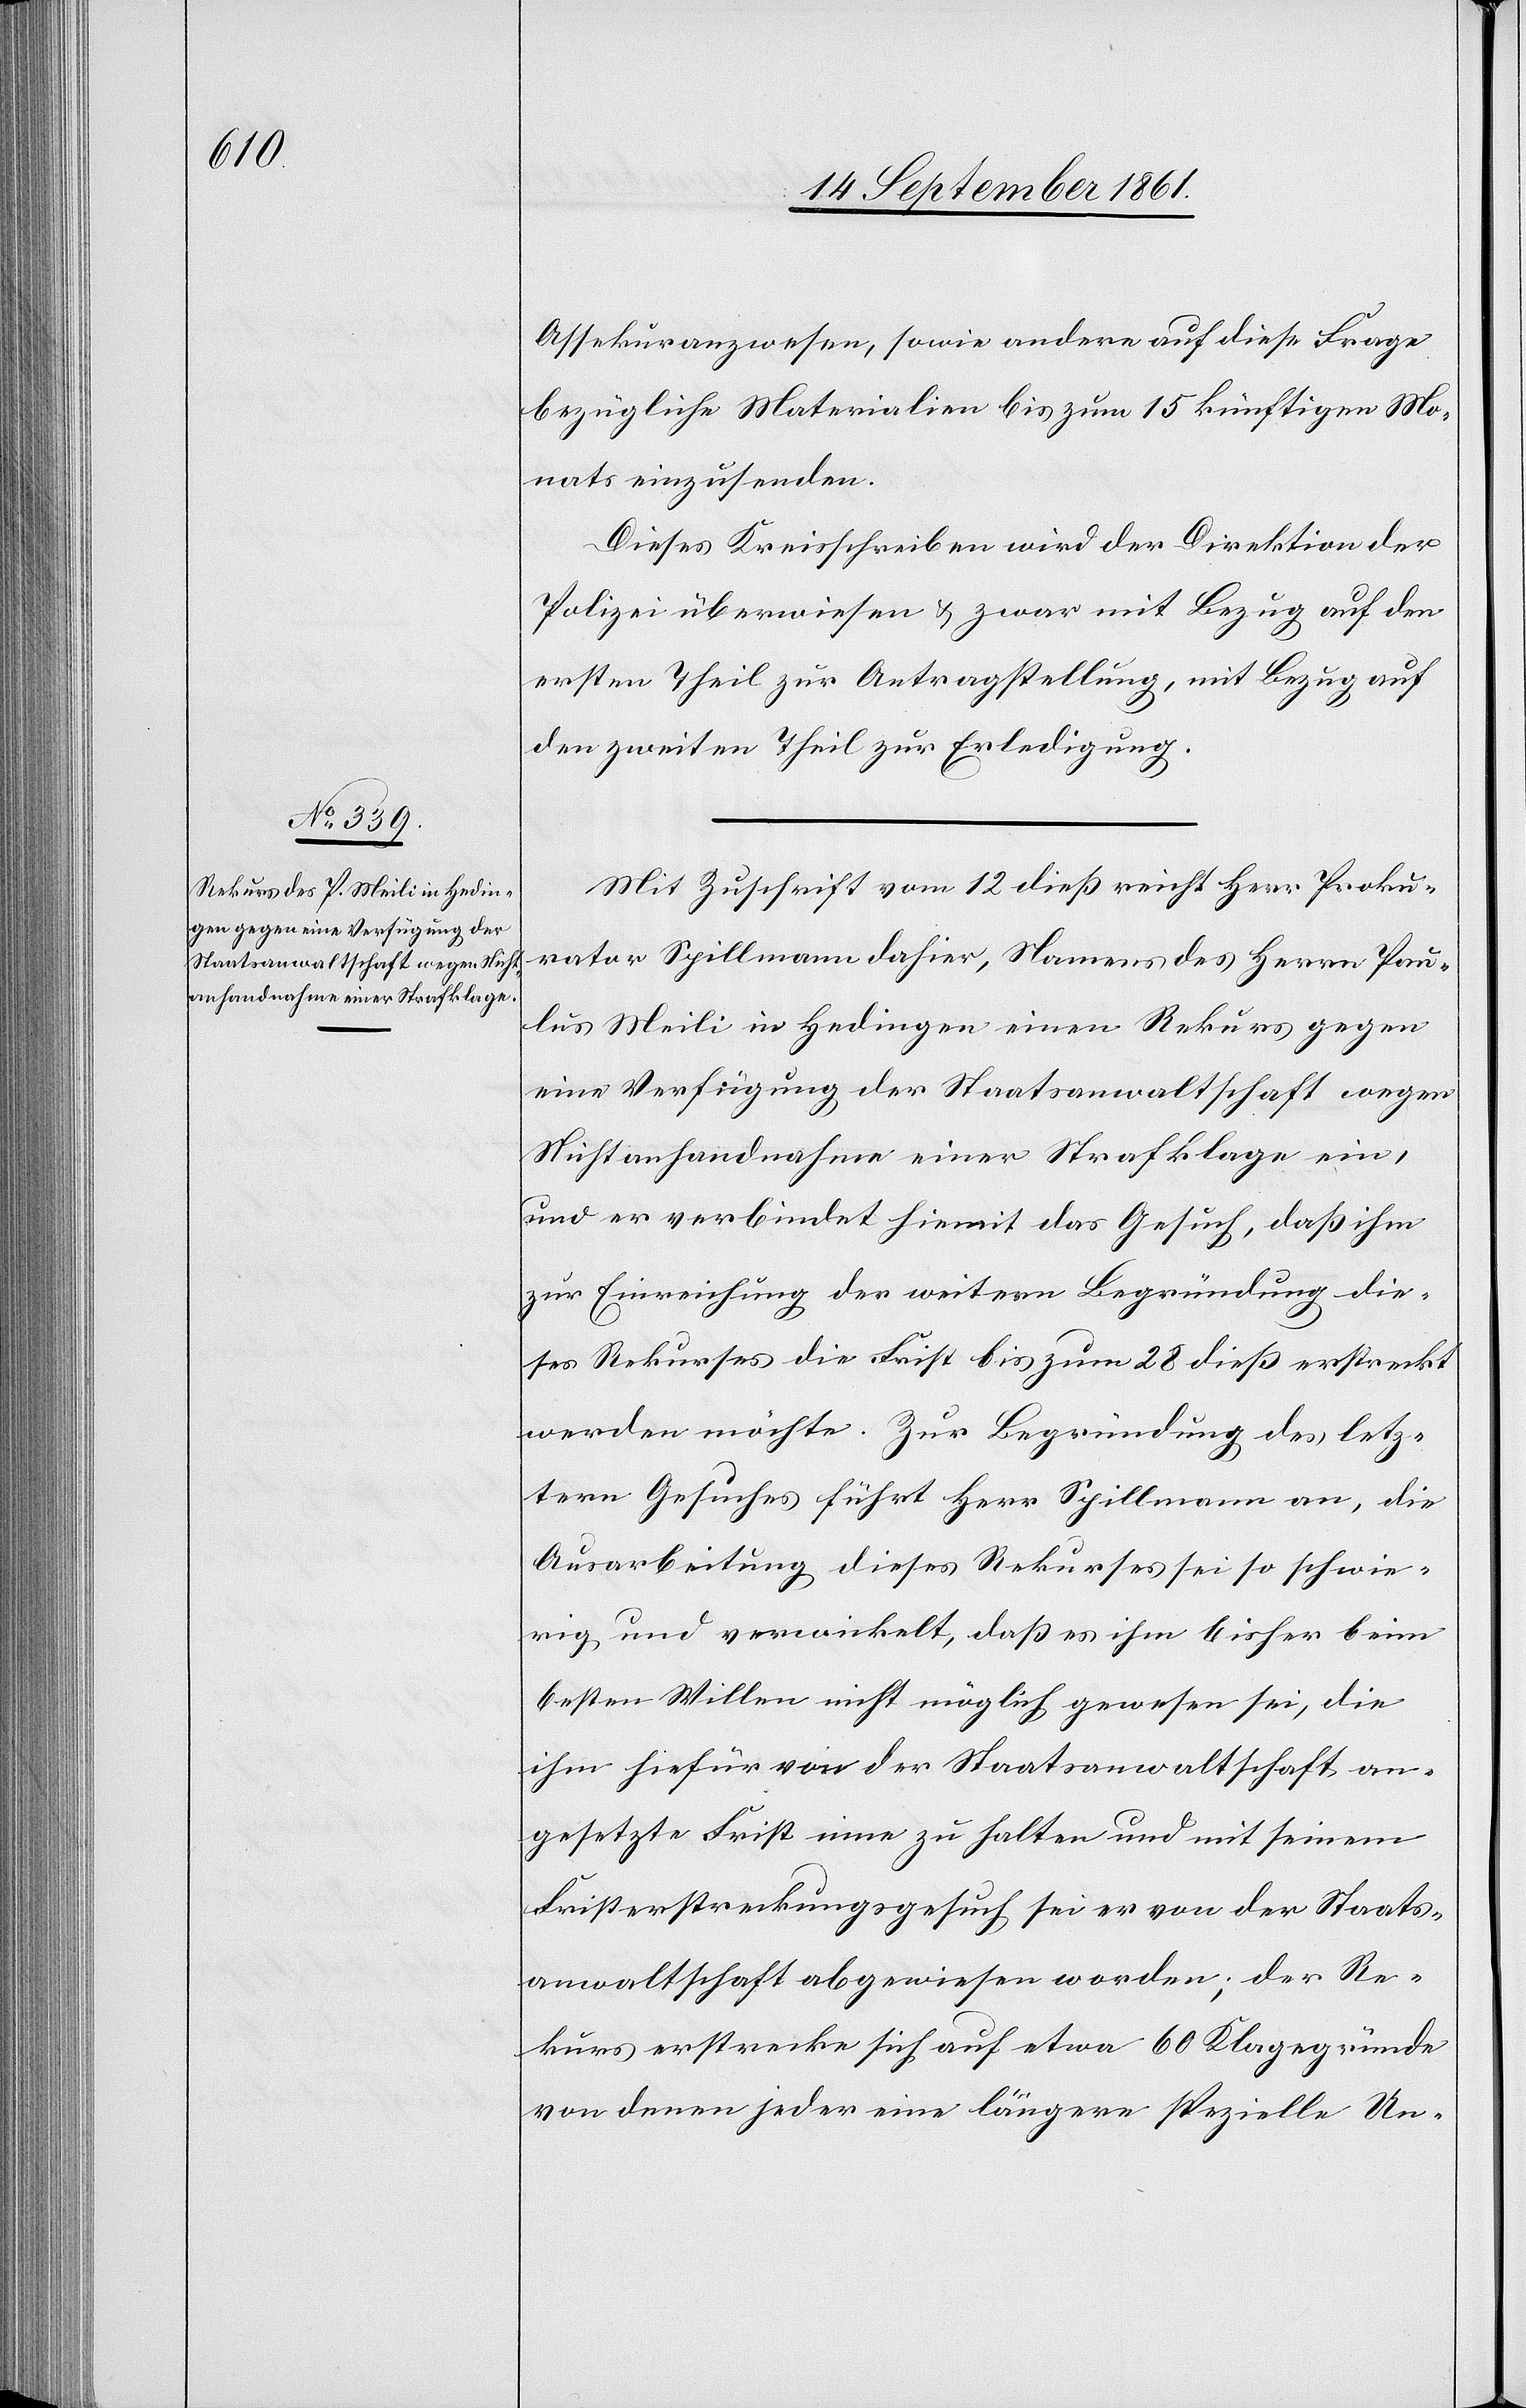
Assekuranzwesen, sowie andere auf diese Frage
bezügliche Materialien bis zum 15 künftigen Mo¬
nats einzusenden.
Dieses Kreisschreiben wird der Direktion der
Polizei überwiesen u. zwar mit Bezug auf den
ersten Theil zur Antragstellung, mit Bezug auf
den zweiten Theil zur Erledigung.
Mit Zuschrift vom 12 dieß reicht Herr Proku¬
rator Spillmann dahier, Namens des Herrn Pau¬
lus Meili in Hedingen einen Rekurs gegen
eine Verfügung der Staatsanwaltschaft wegen
Nichtanhandnahme einer Strafklage ein,
und er verbindet hiemit das Gesuch, daß ihm
zur Einreichung der weitern Begründung die¬
ses Rekurses die Frist bis zum 28 dieß erstreckt
werden möchte. Zur Begründung des letz¬
tern Gesuches führt Herr Spillmann an, die
Ausarbeitung dieses Rekurses sei so schwie¬
rig und verwinkelt, daß es ihm bisher beim
besten Willen nicht möglich gewesen sei, die
ihm hiefür von der Staatsanwaltschaft an¬
gesetzte Frist inne zu halten und mit seinem
Fristerstreckungsgesuch sei er von der Staats¬
anwaltschaft abgewiesen worden; der Re¬
kurs erstrecke sich auf etwa 60 Klagegründe
von denen jeder eine längere spezielle Un-